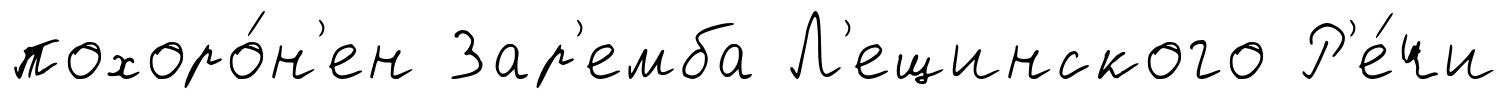
похоро́н'ен Зар'емба Л'ещинского Р'е́чи